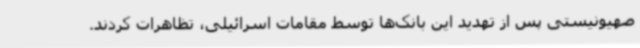
صهیونیستی پس از تهدید این بانک‌ها توسط مقامات اسرائیلی، تظاهرات کردند.